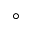
^ \circ